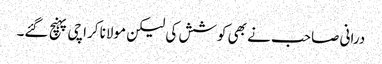
درانی صاحب نے بھی کوشش کی لیکن مولانا کراچی پہنچ گئے۔